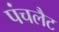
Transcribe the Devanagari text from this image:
पंचलैट